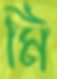
মি